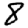
Digit: 8